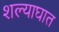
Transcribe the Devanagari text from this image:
शल्याघात